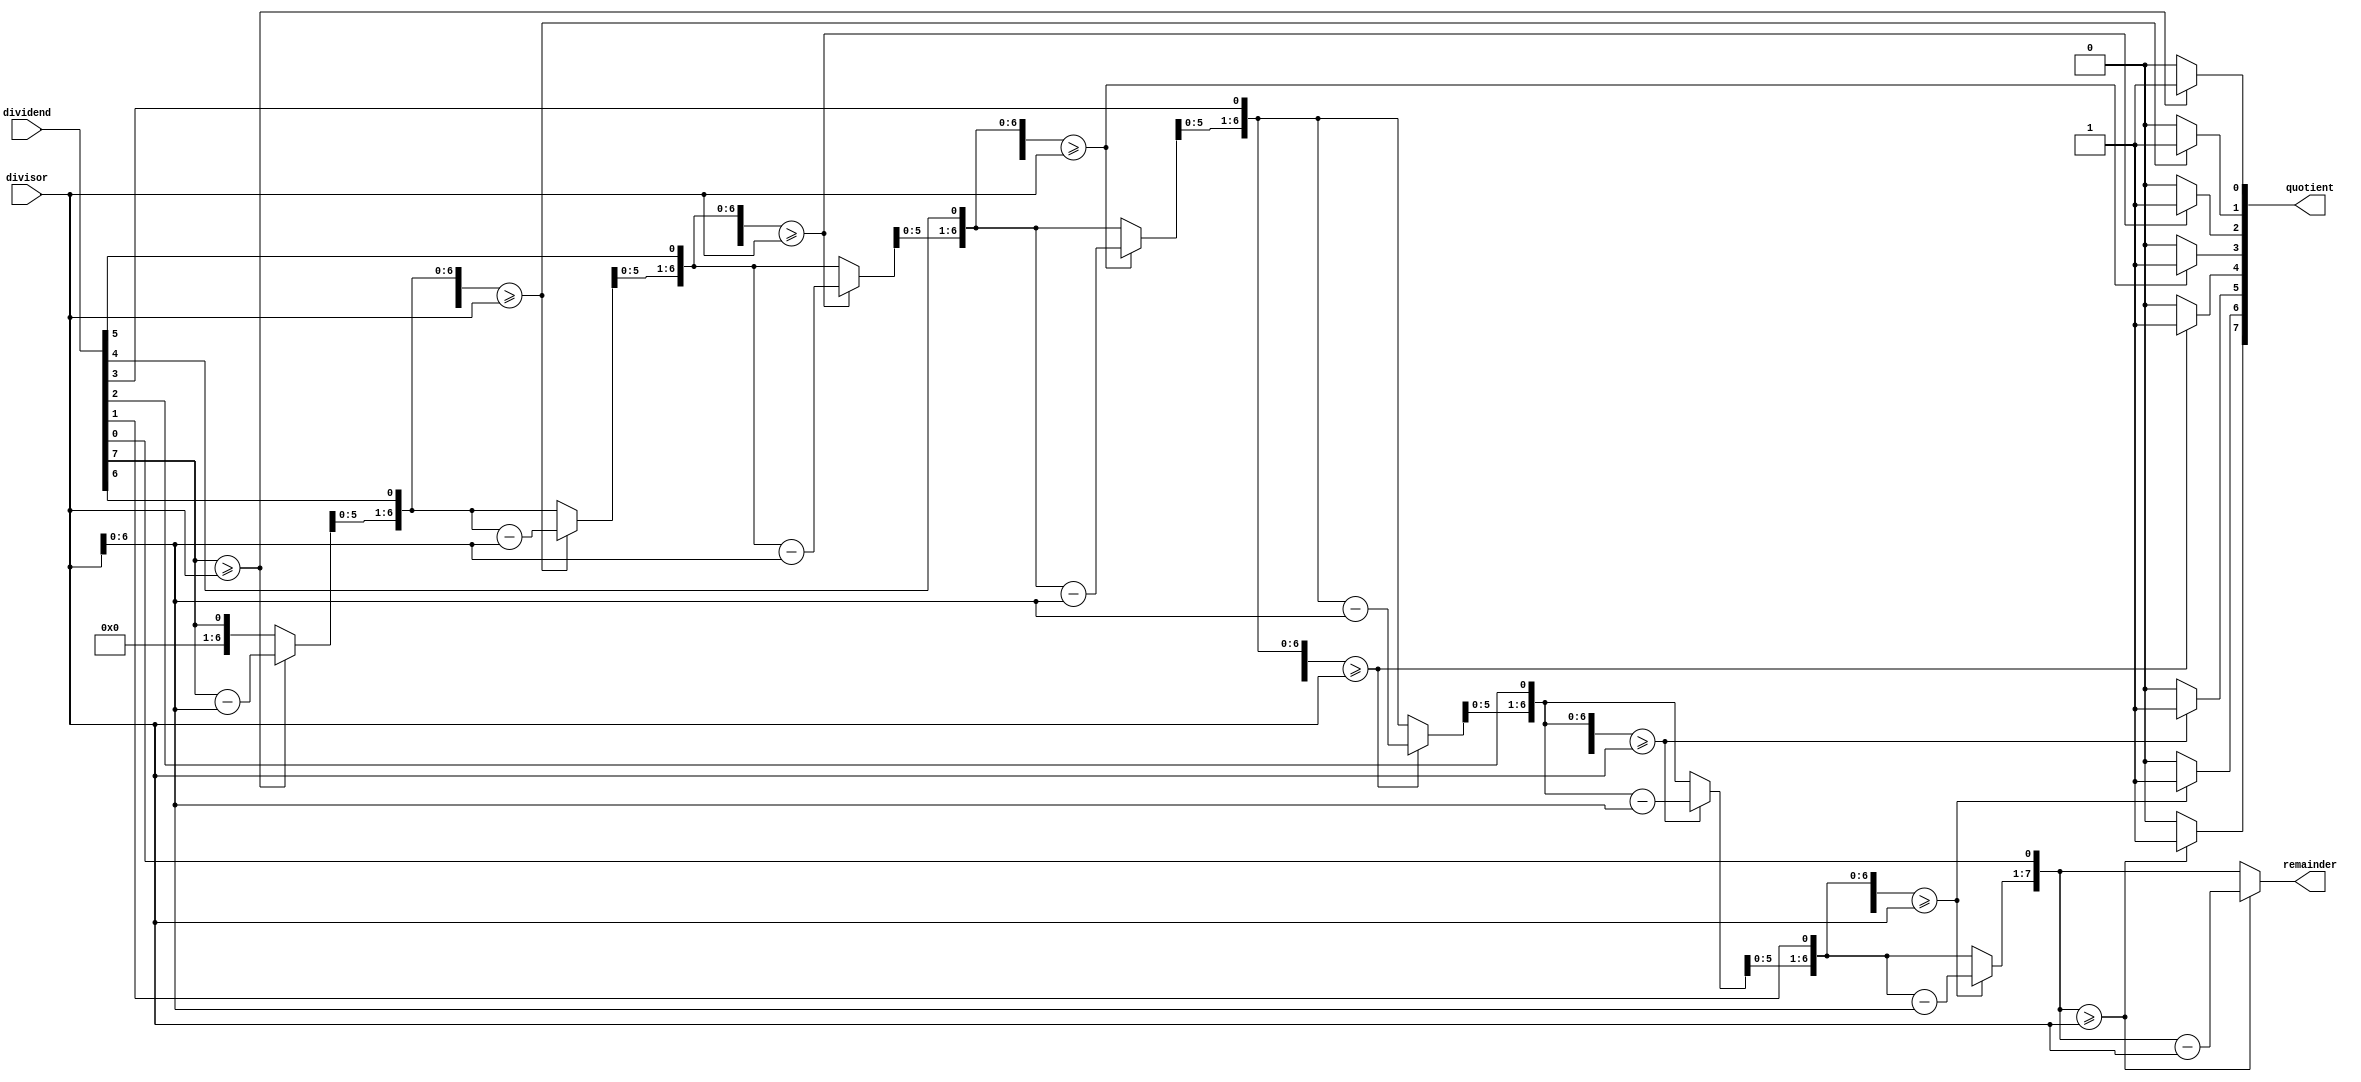
module BinaryDivider (
    input wire [7:0] dividend, // 8-bit input for dividend
    input wire [7:0] divisor, // 8-bit input for divisor
    output reg [7:0] quotient, // 8-bit output for quotient
    output reg [7:0] remainder // 8-bit output for remainder
);

reg [7:0] temp_dividend;
reg [7:0] temp_remainder;
reg [7:0] temp_quotient;
reg [7:0] counter;

always @(*) begin
    temp_dividend = dividend;
    temp_remainder = 0;
    temp_quotient = 0;
    
    for(counter = 0; counter < 8; counter = counter + 1) begin
        temp_remainder = temp_remainder << 1;
        temp_remainder[0] = temp_dividend[7];
        temp_dividend = temp_dividend << 1;
        
        if(temp_remainder >= divisor) begin
            temp_remainder = temp_remainder - divisor;
            temp_quotient[counter] = 1;
        end
    end
    
    quotient = temp_quotient;
    remainder = temp_remainder;
end

endmodule